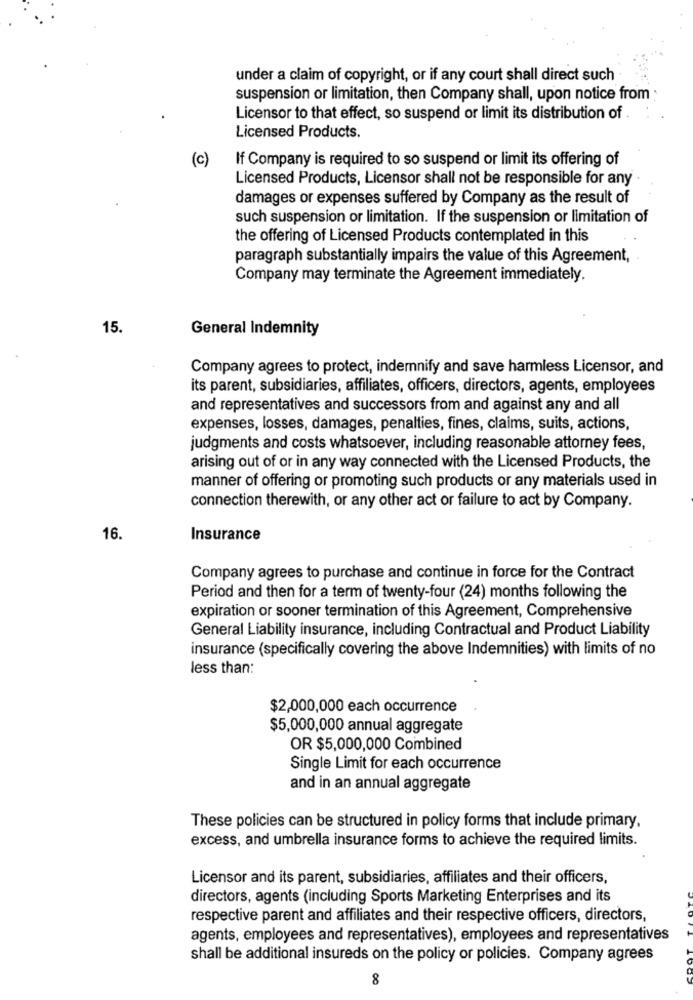
under a claim of copyright, or if any court shall direct such
suspension or limitation, then Company shall, upon notice from
Licensor to that effect, so suspend or limit its distribution of .
Licensed Products.
(c)
If Company is required to so suspend or limit its offering of
Licensed Products, Licensor shall not be responsible for any
damages or expenses suffered by Company as the result of
such suspension or limitation. If the suspension or limitation of
the offering of Licensed Products contemplated in this
paragraph substantially impairs the value of this Agreement,
Company may terminate the Agreement immediately.
15
General Indemnity
Company agrees to protect, indemnify and save harmless Licensor, and
its parent, subsidiaries, affiliates, officers, directors, agents, employees
and representatives and successors from and against any and all
expenses, losses, damages, penalties, fines, claims, suits, actions,
judgments and costs whatsoever, including reasonable attorney fees,
arising out of or in any way connected with the Licensed Products, the
manner of offering or promoting such products or any materials used in
connection therewith, or any other act or failure to act by Company.
16.
Insurance
Company agrees to purchase and continue in force for the Contract
Period and then for a term of twenty-four (24) months following the
expiration or sooner termination of this Agreement, Comprehensive
General Liability insurance, including Contractual and Product Liability
insurance (specifically covering the above Indemnities) with limits of no
less than:
$2,000,000 each occurrence
$5,000,000 annual aggregate
OR $5,000,000 Combined
Single Limit for each occurrence
and in an annual aggregate
These policies can be structured in policy forms that include primary.
excess, and umbrella insurance forms to achieve the required limits.
Licensor and its parent, subsidiaries, affiliates and their officers,
directors, agents (including Sports Marketing Enterprises and its
respective parent and affiliates and their respective officers, directors,
agents, employees and representatives), employees and representatives
shall be additional insureds on the policy or policies. Company agrees
8